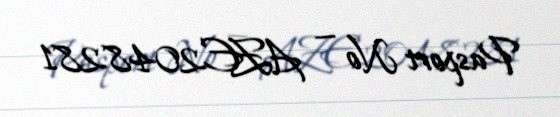
Pasport № — AZE2048281